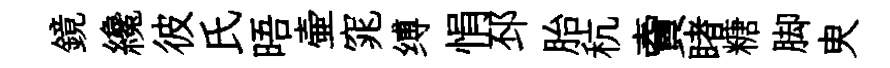
鏡纔彼氏晤壷窕缚悁邳胎秔𧶠睹糖脚㬰